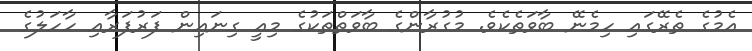
އެމުގެ ތެރޭގައި ހިމެނޭ ބާވަތެކެވެ. މުގުރާންގެ ބާވަތްތަކުގެ މިއީ ގިނައިން ފަރުފަރާއި ހާހަލުގެ